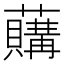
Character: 𧃛